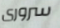
سرورى